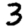
Digit: 3